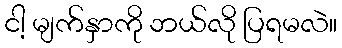
ငါ့ မျက်နှာကို ဘယ်လို ပြရမလဲ။